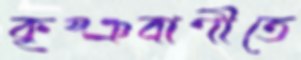
কৃষ্ঞবাণীতে